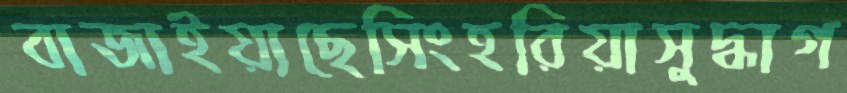
বাজাইয়াছেসিংহরিয়াসুদ্ধাগ